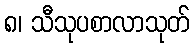
၈၊ သီသုပစာလာသုတ်